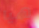
هيا